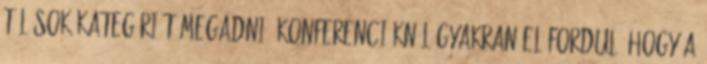
túl sok kategóriát megadni. Konferenciáknál gyakran előfordul, hogy a